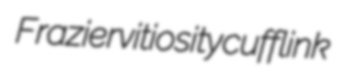
Frazier vitiosity cufflink